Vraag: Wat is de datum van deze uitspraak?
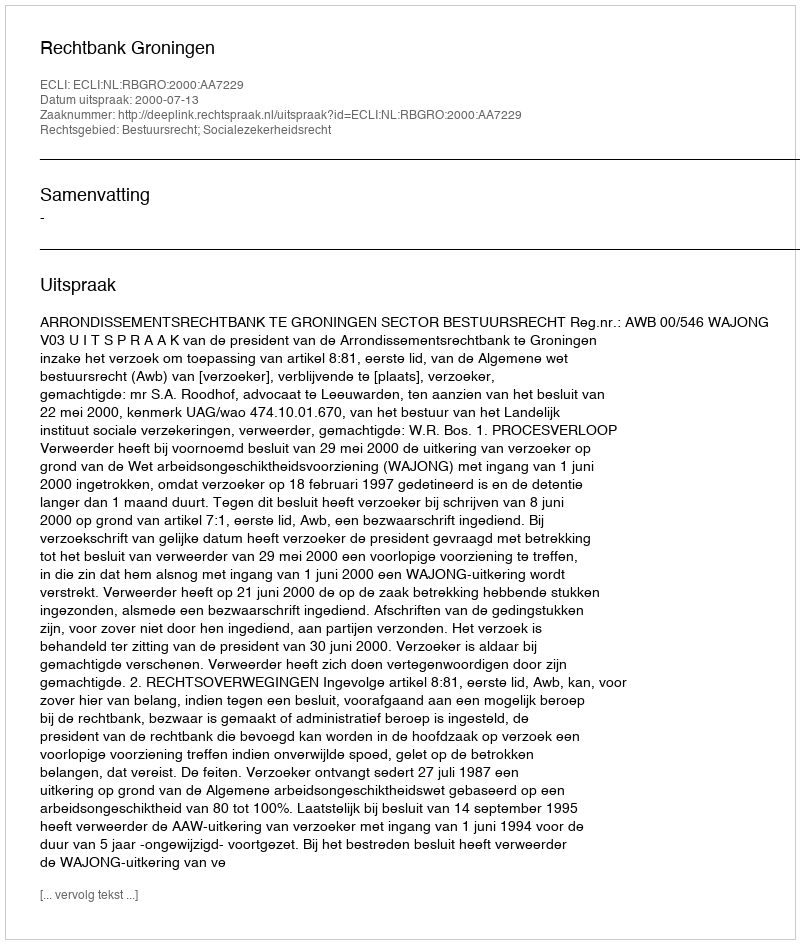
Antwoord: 2000-07-13